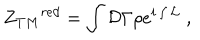
{ Z _ { T M } } ^ { r e d } = \int { \cal D } \Gamma \rho e ^ { i \int { \cal L } } \; ,